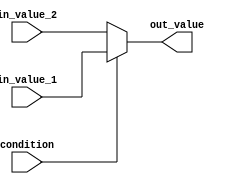
module conditional_assign (
    input wire condition,
    input wire in_value_1,
    input wire in_value_2,
    output reg out_value
);

always @ (*)
begin
    if (condition)
        out_value = in_value_1;
    else
        out_value = in_value_2;
end

endmodule